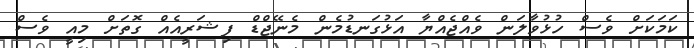
ކަމަކަށް ވެސް ހުޅުވާލަން ވެއްޖެއްޔާ އަޅުގަނޑުމެން މެނޭޖްޑް ފިޝަރީއެއް ގޮތަށް މިއީ ވެސް